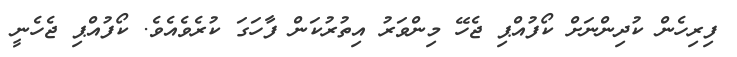
ފިރިހެން ކުދިންނަށް ކޯފުއްޕި ޖެހޭ މިންވަރު އިތުރުކަން ފާހަގަ ކުރެވެއެވެ. ކޯފުއްޕި ޖެހެނީ